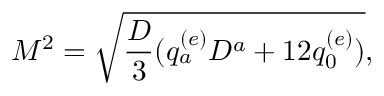
M ^ { 2 } = \sqrt { { \frac { D } { 3 } } ( q _ { a } ^ { ( e ) } D ^ { a } + 1 2 q _ { 0 } ^ { ( e ) } ) } ,